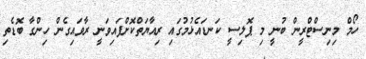
ހޯމް މިނިސްޓްރީން ބުނީ މި ޕޮލިސީ ކަނޑައެޅުމުގައި ރިއާޔަތްކޮށްފައިވަނީ ރާވައިގެން ހިންގާ ބޮޑެތި